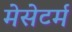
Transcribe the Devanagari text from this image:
मेसेटर्म